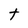
Character: t